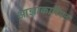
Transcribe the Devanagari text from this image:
आज्ञाकारिपन